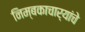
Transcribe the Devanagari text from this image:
निम्बकाचार्यांचे